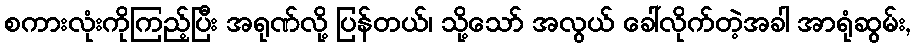
စကားလုံးကိုကြည့်ပြီး အရုဏ်လို့ ပြန်တယ်၊ သို့သော် အလွယ် ခေါ်လိုက်တဲ့အခါ အာရုံဆွမ်း,